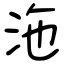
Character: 沲